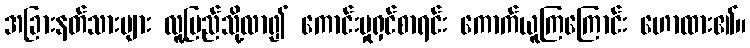
အခြားနတ်သားများ လူ့ပြည်သို့လာ၍ ကောင်းမှုရှင်စာရင်း ကောက်ယူကြကြောင်း ဟောထား၏။